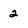
Character: 2